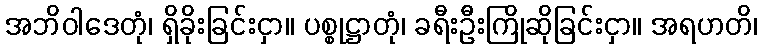
အဘိဝါဒေတုံ၊ ရှိခိုးခြင်းငှာ။ ပစ္စုဋ္ဌာတုံ၊ ခရီးဦးကြိုဆိုခြင်းငှာ။ အရဟတိ၊